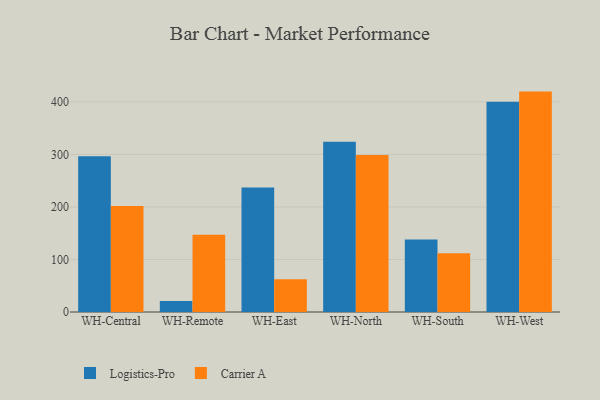
{"axis": {"x": "Warehouse", "y": "Bounce Rate (%)"}, "legend": ["Carrier A", "Logistics-Pro"], "data": [{"x": "WH-Central", "y": 296.6, "type": "Logistics-Pro"}, {"x": "WH-Central", "y": 201.8, "type": "Carrier A"}, {"x": "WH-Remote", "y": 20.9, "type": "Logistics-Pro"}, {"x": "WH-Remote", "y": 147.3, "type": "Carrier A"}, {"x": "WH-East", "y": 237.2, "type": "Logistics-Pro"}, {"x": "WH-East", "y": 62.3, "type": "Carrier A"}, {"x": "WH-North", "y": 324.0, "type": "Logistics-Pro"}, {"x": "WH-North", "y": 299.1, "type": "Carrier A"}, {"x": "WH-South", "y": 137.8, "type": "Logistics-Pro"}, {"x": "WH-South", "y": 111.8, "type": "Carrier A"}, {"x": "WH-West", "y": 400.3, "type": "Logistics-Pro"}, {"x": "WH-West", "y": 419.6, "type": "Carrier A"}]}